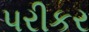
પરીકર